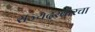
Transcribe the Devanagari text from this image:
राज्यदरबारचा